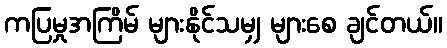
ကပြမှုအကြိမ် များနိုင်သမျှ များစေ ချင်တယ်။